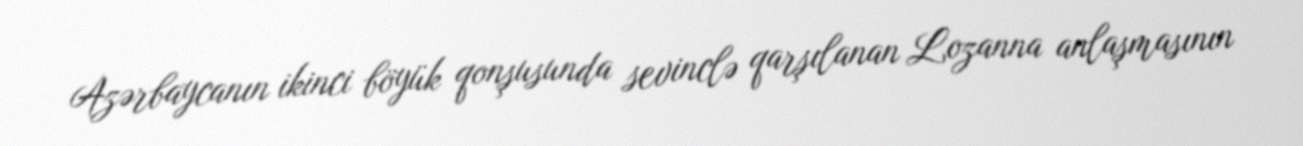
Azərbaycanın ikinci böyük qonşusunda sevinclə qarşılanan Lozanna anlaşmasının